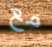
مع